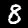
Digit: 8